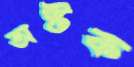
অষ্টক